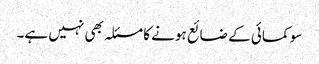
سو کمائی کے ضائع ہونے کا مسئلہ بھی نہیں ہے۔